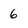
Character: 6